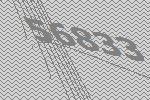
56833